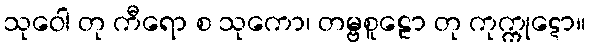
သုဝေါ တု ကီရော စ သုကော၊ တမ္ဗစူဠော တု ကုက္ကုဋော။